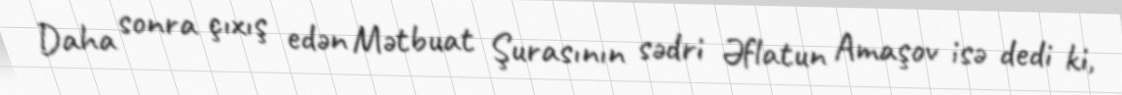
Daha sonra çıxış edən Mətbuat Şurasının sədri Əflatun Amaşov isə dedi ki,